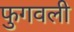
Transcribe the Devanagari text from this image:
फुगवली